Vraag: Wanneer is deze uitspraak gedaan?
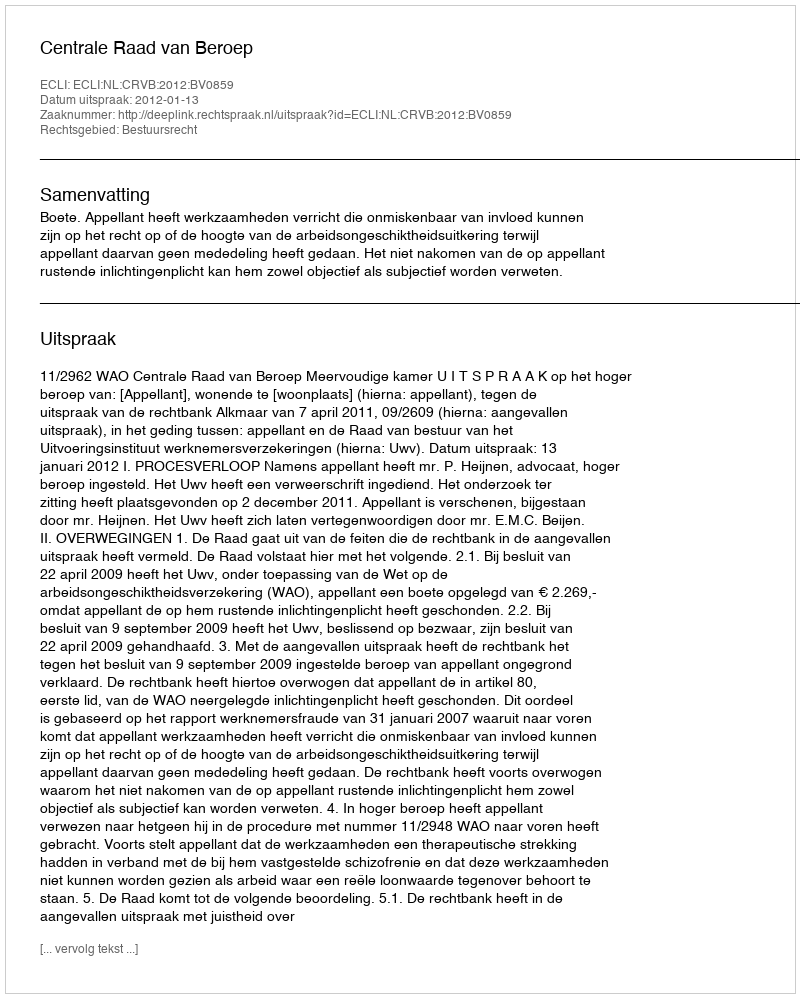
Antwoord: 2012-01-13